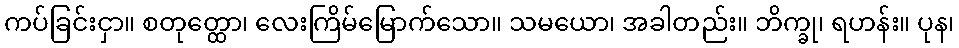
ကပ်ခြင်းငှာ။ စတုတ္ထော၊ လေးကြိမ်မြောက်သော။ သမယော၊ အခါတည်း။ ဘိက္ခု၊ ရဟန်း။ ပုန၊